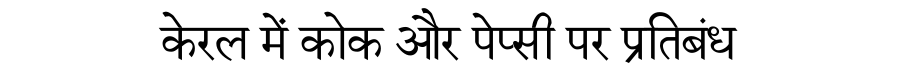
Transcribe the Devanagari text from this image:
केरल में कोक और पेप्सी पर प्रतिबंध